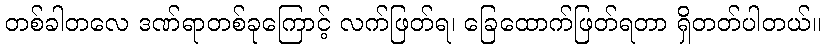
တစ်ခါတလေ ဒဏ်ရာတစ်ခုကြောင့် လက်ဖြတ်ရ၊ ခြေထောက်ဖြတ်ရတာ ရှိတတ်ပါတယ်။